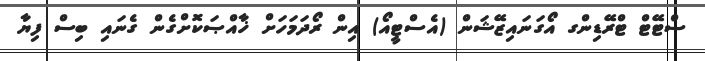
ސްޓޭޓް ޓްރޭޑިންގ އޯގަނައިޒޭޝަން (އެސްޓީއޯ) އިން ރޯދަމަހަށް ޚާއްޞަކޮށްގެން ގެނައި ބިސް ފިޔާ